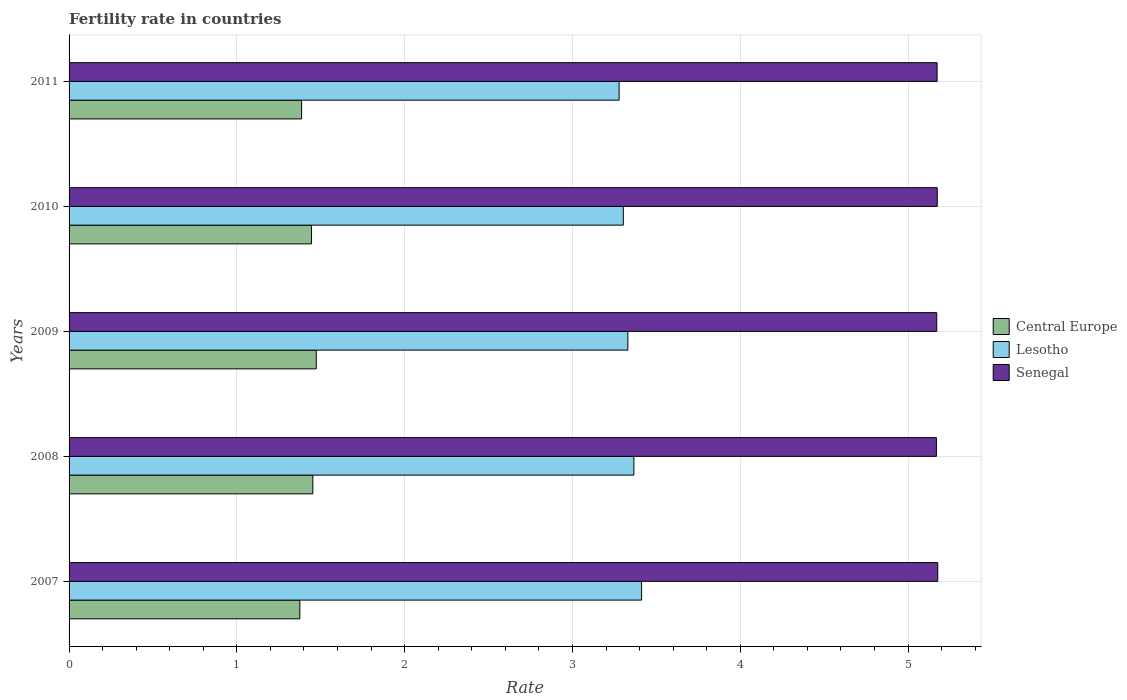
| Years | Central Europe | Lesotho | Senegal |
 | --- | --- | --- | --- |
 | 2007 | 1.38 | 3.41 | 5.18 |
 | 2008 | 1.45 | 3.37 | 5.17 |
 | 2009 | 1.47 | 3.33 | 5.17 |
 | 2010 | 1.44 | 3.3 | 5.17 |
 | 2011 | 1.39 | 3.28 | 5.17 |